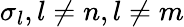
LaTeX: \sigma_{l},l\neq n,l\neq m